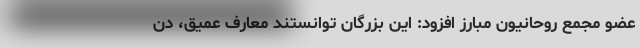
عضو مجمع روحانیون مبارز افزود: این بزرگان توانستند معارف عمیق، دن